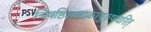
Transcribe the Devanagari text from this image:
त्रिषष्ठिशलाकापुरुषचरित्